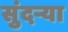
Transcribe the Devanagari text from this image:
सुंदर्‍या